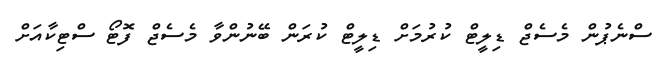
ސްނެޕުން މެސެޖް ޑިލީޓް ކުރުމަށް ޑިލީޓް ކުރަން ބޭނުންވާ މެސެޖް ފޮޓޯ ސްޓިކާއަށް